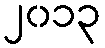
၂၀၁၃